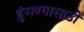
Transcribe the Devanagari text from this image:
हुंगण्यासाठी